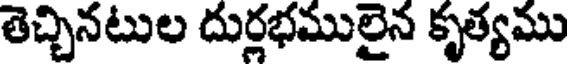
తెచ్చినటుల దుర్లభములైన కృత్యము